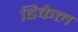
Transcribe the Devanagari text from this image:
डिकेल